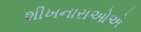
શીખનારાઓએ